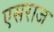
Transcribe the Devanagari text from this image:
एसराज